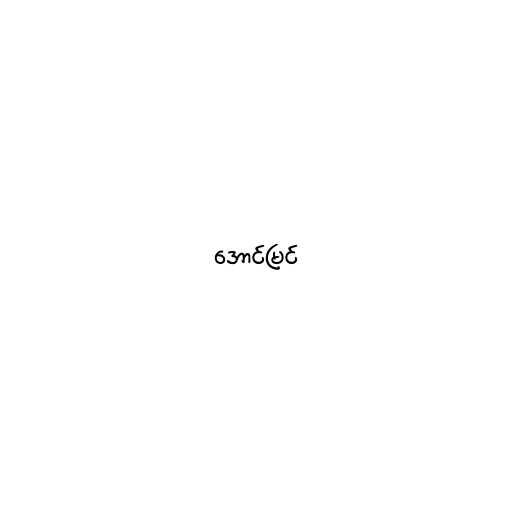
အောင်မြင်